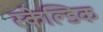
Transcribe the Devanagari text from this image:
स्केल्डिक